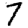
Digit: 7